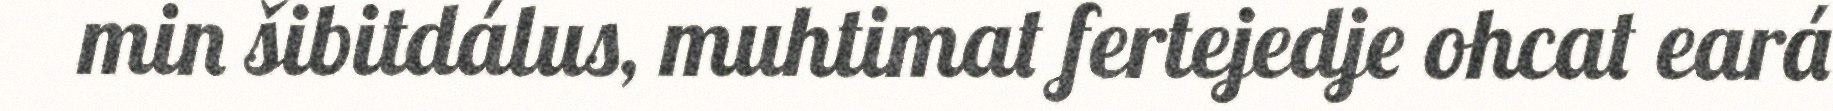
min šibitdálus, muhtimat fertejedje ohcat eará